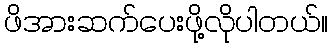
ဖိအားဆက်ပေးဖို့လိုပါတယ်။